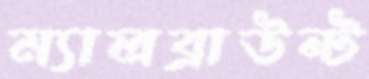
ম্যালব্রাউন্ট